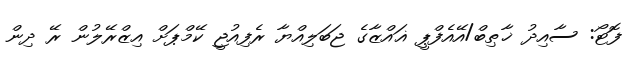
ފޮޓޯ: ސާއިދު ޚާޠިބް/އޭއެފްޕީ ޣައްޒާގެ ޖަބަލިއްޔާ ރެފިއުޖީ ކޭމްޕަށް އިޒްރޭލުން ރޭ ދިން